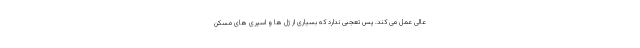
عالی عمل می کند. پس تعجبی ندارد که بسیاری از ژل ها و اسپری های مسکن